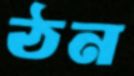
ঠন